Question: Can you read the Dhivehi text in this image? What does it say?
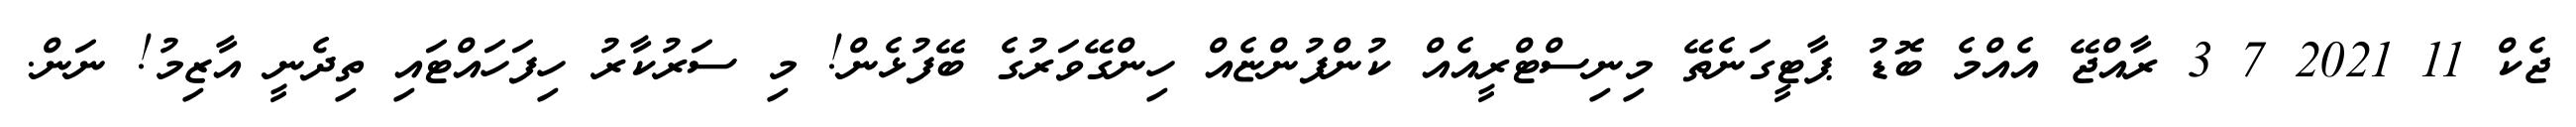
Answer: ޖެކް 11 2021 7 3 ރާއްޖޭ އެއްމެ ބޮޑު ޕާޓީގަނެތޭ މިނިސްޓްރީއެއް ކުންފުންޏެއް ހިންގޭވަރުގެ ބޭފުޅެން! މި ސަރުކާރު ހިފަހައްޓައި ތިދެނީ އާޒިމު! ނަން.